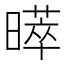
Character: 𭧩